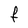
Character: F